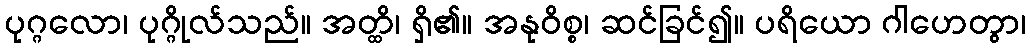
ပုဂ္ဂလော၊ ပုဂ္ဂိုလ်သည်။ အတ္ထိ၊ ရှိ၏။ အနုဝိစ္စ၊ ဆင်ခြင်၍။ ပရိယော ဂါဟေတွာ၊